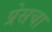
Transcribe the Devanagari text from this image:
प्रेसचा